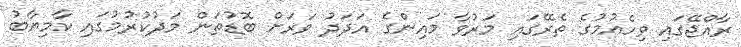
ރާއްޖޭގައި ވިހެއުމުގެ ތެރޭގައި މަރުވާ މައިންގެ އަދަދު ވަރަށް ބޮޑުތަން މަދުކުރުމުގައި ކާމިޔާބު